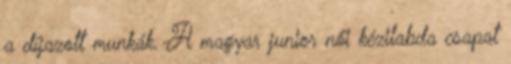
a díjazott munkák. A magyar junior női kézilabda csapat